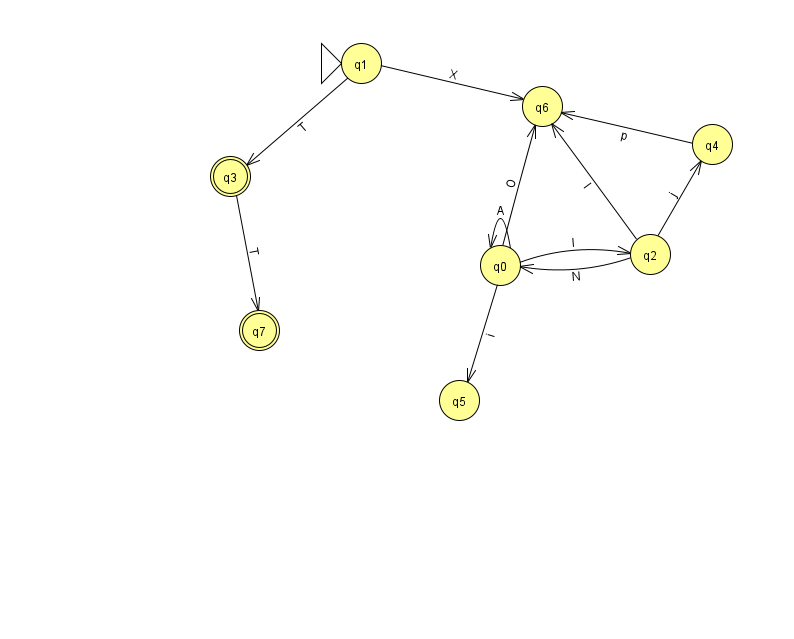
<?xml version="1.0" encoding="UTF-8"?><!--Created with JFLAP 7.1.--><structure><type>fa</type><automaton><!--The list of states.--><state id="0" name="q0"><x>500.0</x><y>252.0</y></state><state id="1" name="q1"><x>361.0</x><y>50.0</y><initial/></state><state id="2" name="q2"><x>650.0</x><y>241.0</y></state><state id="3" name="q3"><x>230.0</x><y>163.0</y><final/></state><state id="4" name="q4"><x>712.0</x><y>131.0</y></state><state id="5" name="q5"><x>459.0</x><y>387.0</y></state><state id="6" name="q6"><x>542.0</x><y>93.0</y></state><state id="7" name="q7"><x>259.0</x><y>317.0</y><final/></state><!--The list of transitions.--><transition><from>3</from><to>7</to><read>T</read></transition><transition><from>0</from><to>0</to><read>A</read></transition><transition><from>2</from><to>6</to><read>I</read></transition><transition><from>0</from><to>6</to><read>O</read></transition><transition><from>1</from><to>6</to><read>X</read></transition><transition><from>2</from><to>4</to><read>j</read></transition><transition><from>4</from><to>6</to><read>p</read></transition><transition><from>0</from><to>2</to><read>l</read></transition><transition><from>1</from><to>3</to><read>T</read></transition><transition><from>2</from><to>0</to><read>N</read></transition><transition><from>0</from><to>5</to><read>i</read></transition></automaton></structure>